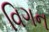
વિગન